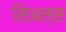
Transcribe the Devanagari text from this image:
सिअल्स